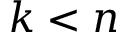
k < n